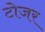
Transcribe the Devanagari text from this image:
टोजर